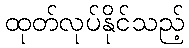
ထုတ်လုပ်နိုင်သည့်